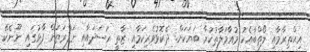
އިޙްތިރާމާއި ލޯތްބާއެކު މުއާމަލާތުކުރާ ބަޔަކަށް. ދެކޮޅުވެރިކަމާއި ޒާތީ ހަސަދައާއި ނަފްރަތަށް ފާޅުގައި ނޫނެކޭ